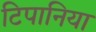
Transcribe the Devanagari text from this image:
टिपानिया